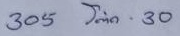
305 =โต๊ด - 30